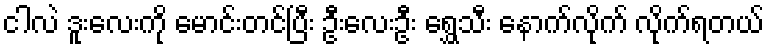
ငါလဲ ဒူးလေးကို မောင်းတင်ပြီး ဦးလေးဦး ရွှေသီး နောက်လိုက် လိုက်ရတယ်